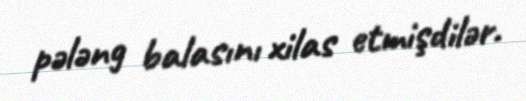
pələng balasını xilas etmişdilər.